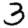
Digit: 3